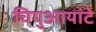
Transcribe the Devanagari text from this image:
चिगुआयांटे